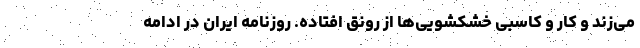
می‌زند و کار و کاسبی خشکشویی‌ها از رونق افتاده. روزنامه ایران در ادامه